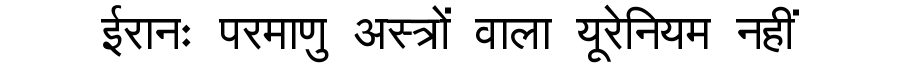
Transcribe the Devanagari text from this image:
ईरानः परमाणु अस्त्रों वाला यूरेनियम नहीं